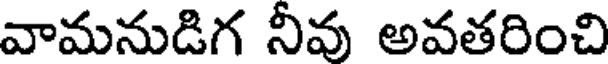
వామనుడిగ నీవు అవతరించి